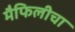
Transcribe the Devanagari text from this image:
मैफिलीचा